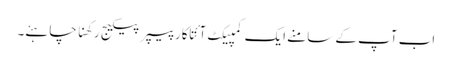
اب آپ کے سامنے ایک کمپیکٹ آئتاکار پیپر پیکیج رکھنا چاہئے۔